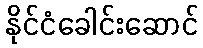
နိုင်ငံခေါင်းဆောင်